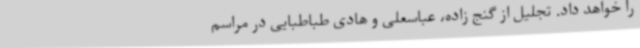
را خواهد داد. تجلیل از گنج زاده، عباسعلی و هادی طباطبایی در مراسم